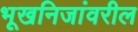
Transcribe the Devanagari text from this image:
भूखनिजांवरील